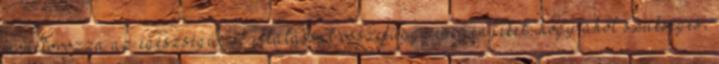
monitorozza az egészségügyi ellátással összefüggő eseményeket, hogy ahol szükséges,